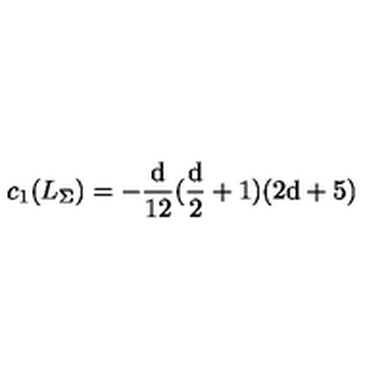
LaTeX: c _ { 1 } ( L _ { \Sigma } ) = \mathrm { - \frac d { 1 2 } ( \frac d 2 + 1 ) ( 2 d + 5 ) }